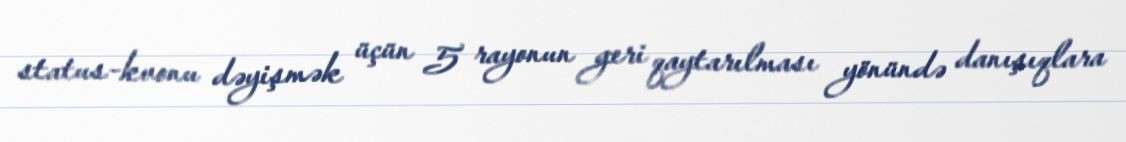
status-kvonu dəyişmək üçün 5 rayonun geri qaytarılması yönündə danışıqlara